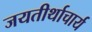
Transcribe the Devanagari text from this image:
जयतीर्थाचार्य